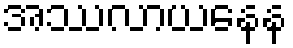
အဿလာယနေန